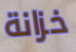
خزانة